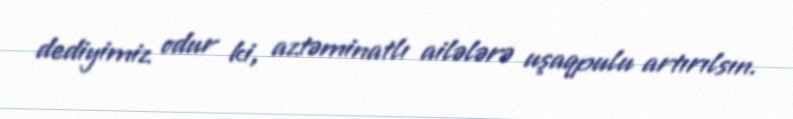
dediyimiz odur ki, aztəminatlı ailələrə uşaqpulu artırılsın.